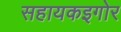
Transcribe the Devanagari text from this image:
सहायकइगोर